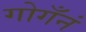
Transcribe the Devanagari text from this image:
गोगँनं